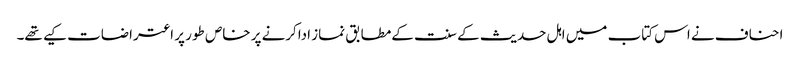
احناف نے اس کتاب میں اہل حدیث کے سنت کےمطابق نماز اداکرنے پر خاص طور پر اعتراضات کیے تھے۔